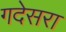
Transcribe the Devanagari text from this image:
गदेसरा